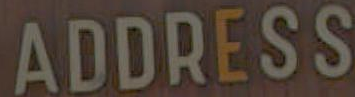
ADDRESS